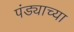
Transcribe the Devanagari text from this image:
पंड्याच्या